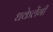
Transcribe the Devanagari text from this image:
धकेलेंगी